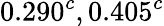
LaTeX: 0.290^{c},0.405^{c}